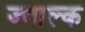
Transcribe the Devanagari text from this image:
ज्वाल्क